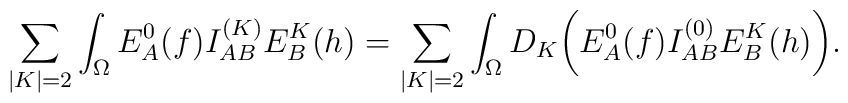
\sum_{|K|=2}\int_{\Omega}E^0_A(f)I^{(K)}_{AB}E^K_B(h)=\sum_{|K|=2}\int_{\Omega}D_K\biggl(E^0_A(f)I^{(0)}_{AB}E^K_B(h)\biggr) .